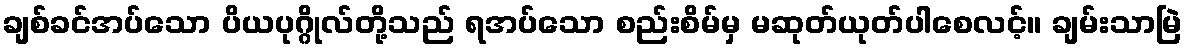
ချစ်ခင်အပ်သော ပိယပုဂ္ဂိုလ်တို့သည် ရအပ်သော စည်းစိမ်မှ မဆုတ်ယုတ်ပါစေလင့်။ ချမ်းသာမြဲ